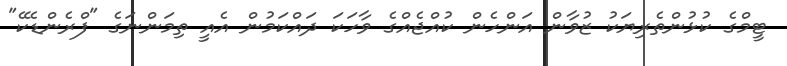
ޓީމްގެ ކުޅުންތެރިޔަކު ޒުވާން އަންހެން ކުއްޖެއްގެ ވާހަކަ ދައްކަމުން އެއީ ތިމަންނަގެ "ފްރެންޑެކޭ"